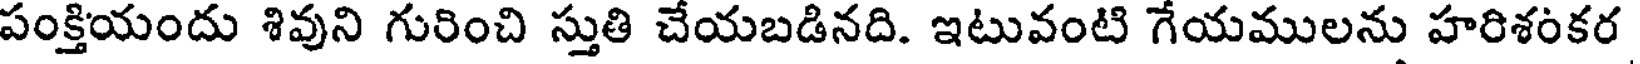
పంక్తియందు శివుని గురించి స్తుతి చేయబడినది. ఇటువంటి గేయములను హరిశంకర